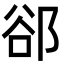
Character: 郤